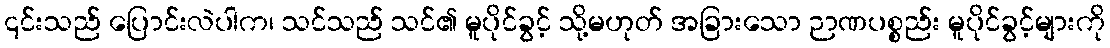
၎င်းသည် ပြောင်းလဲပါက၊ သင်သည် သင်၏ မူပိုင်ခွင့် သို့မဟုတ် အခြားသော ဉာဏပစ္စည်း မူပိုင်ခွင့်များကို